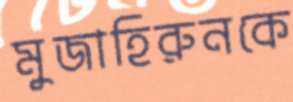
মুজাহিরুনকে